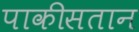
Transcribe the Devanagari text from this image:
पाकीसतान